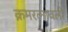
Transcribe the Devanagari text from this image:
क्रमरत्नावली